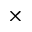
\times